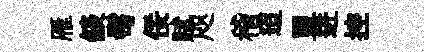
雁燄髩佞賦咫稽迢盟进控